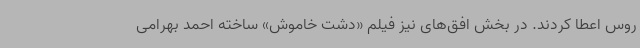
روس اعطا کردند. در بخش افق‌های نیز فیلم «دشت خاموش» ساخته احمد بهرامی